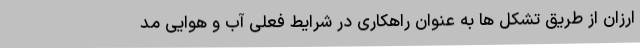
ارزان از طریق تشکل ها به عنوان راهکاری در شرایط فعلی آب و هوایی مد